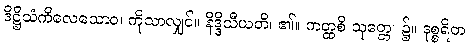
ဒိဋ္ဌိသံကိလေသောဝ၊ ကိုသာလျှင်။ နိဒ္ဒိသီယတိ၊ ၏။ ကတ္ထစိ သုတ္တေ၊ ၌။ ဒုစ္စရိတ